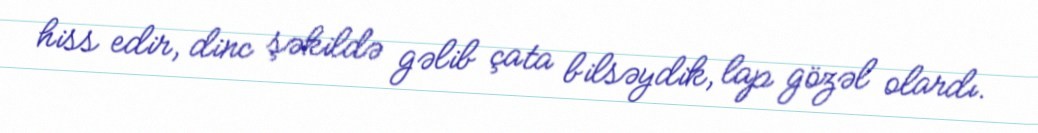
hiss edir, dinc şəkildə gəlib çata bilsəydik, lap gözəl olardı.